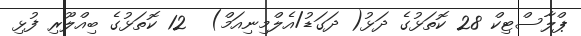
ޕްލާސްޓިކް 28 ކޮތަޅުގެ ދަޅު( ދަގަޑު/އެލްމިނިއަމް)  12 ކޮތަޅުގެ ބިއްލޫރި ފުޅި